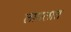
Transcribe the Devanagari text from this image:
लागलात